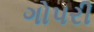
ગોપરી